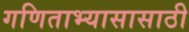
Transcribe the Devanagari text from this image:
गणिताभ्यासासाठी